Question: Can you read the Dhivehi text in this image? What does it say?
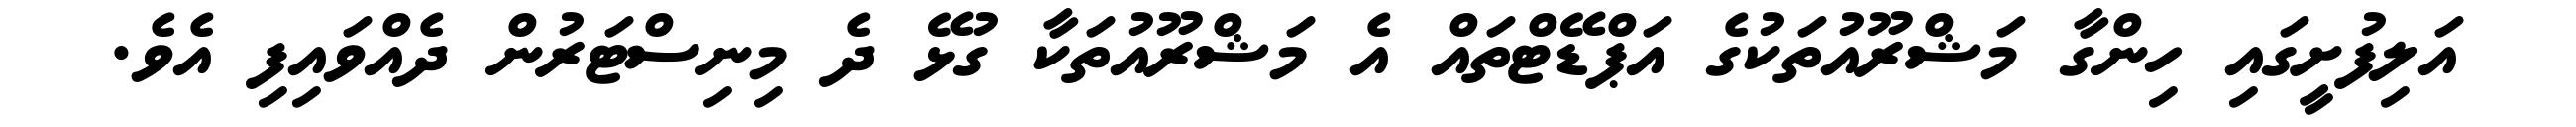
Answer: އަލިފުށީގައި ހިންގާ މަޝްރޫއުތަކުގެ އަޕްޑޭޓްތައް އެ މަޝްރޫއުތަކާ ގުޅޭ ދެ މިނިސްޓަރުން ދެއްވައިފި އެވެ.